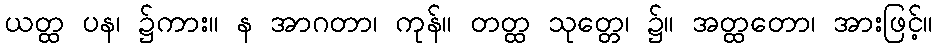
ယတ္ထ ပန၊ ၌ကား။ န အာဂတာ၊ ကုန်။ တတ္ထ သုတ္တေ၊ ၌။ အတ္ထတော၊ အားဖြင့်။